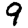
Digit: 9